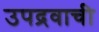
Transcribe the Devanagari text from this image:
उपद्रवाची